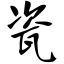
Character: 瓷